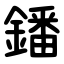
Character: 鐇